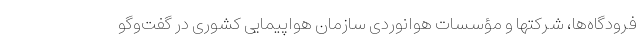
فرودگاه‌ها، شرکتها و مؤسسات هوانوردی سازمان هواپیمایی کشوری در گفت‌وگو